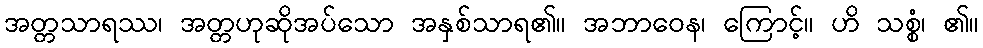
အတ္တသာရဿ၊ အတ္တဟုဆိုအပ်သော အနှစ်သာရ၏။ အဘာဝေန၊ ကြောင့်။ ဟိ သစ္စံ၊ ၏။